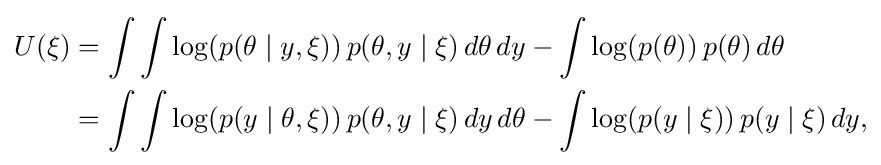
{\begin{alignedat}{2}U(\xi )&=\int \int \log(p(\theta \mid y,\xi ))\,p(\theta ,y\mid \xi )\,d\theta \,dy-\int \log(p(\theta ))\,p(\theta )\,d\theta \\&=\int \int \log(p(y\mid \theta ,\xi ))\,p(\theta ,y\mid \xi )\,dy\,d\theta -\int \log(p(y\mid \xi ))\,p(y\mid \xi )\,dy,\end{alignedat}}